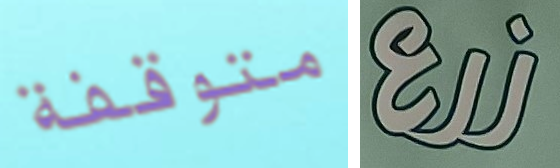
متوقفة زرع